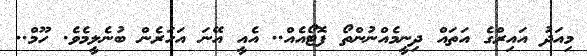
މިއަދު އައިރްގެ އަތައް ދިނީމެއްނުންތޯ ފޮޓޯއެއް.. އެއީ އޭނަ އަހަރެން ބުނެލީމެވެ. ހޫމް..